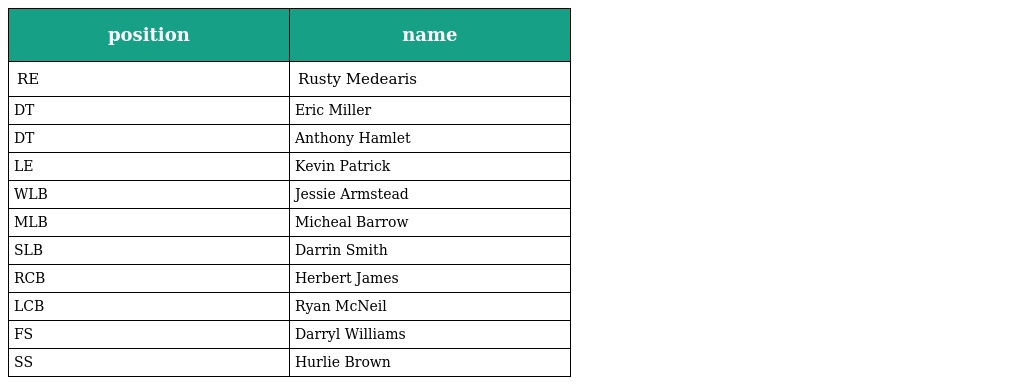
| position | name |
 | --- | --- |
 | RE | Rusty Medearis |
 | DT | Eric Miller |
 | DT | Anthony Hamlet |
 | LE | Kevin Patrick |
 | WLB | Jessie Armstead |
 | MLB | Micheal Barrow |
 | SLB | Darrin Smith |
 | RCB | Herbert James |
 | LCB | Ryan McNeil |
 | FS | Darryl Williams |
 | SS | Hurlie Brown |